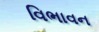
વિભાવન